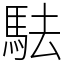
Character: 䮃